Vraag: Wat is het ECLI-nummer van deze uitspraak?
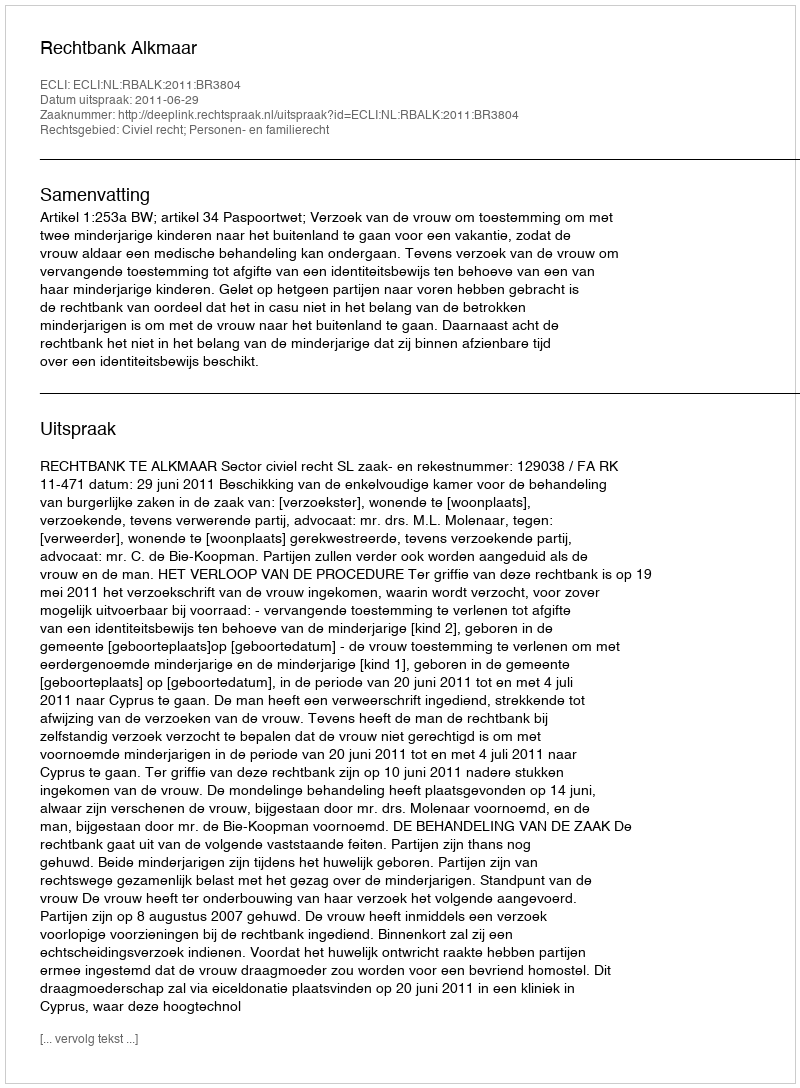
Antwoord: ECLI:NL:RBALK:2011:BR3804